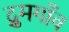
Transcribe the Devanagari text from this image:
द्रुमगाँव